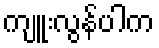
ကျူးလွန်ပါက